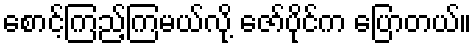
စောင့်ကြည့်ကြမယ်လို့ ဇော်ပိုင်က ပြောတယ်။